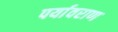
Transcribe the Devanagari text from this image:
पर्यावराण